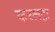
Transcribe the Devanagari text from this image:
करलहा